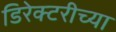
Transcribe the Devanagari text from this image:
डिरेक्टरीच्या